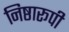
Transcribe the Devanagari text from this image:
निष्ठारूपी